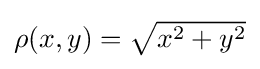
{\textstyle \rho (x,y)={\sqrt {x^{2}+y^{2}}}}